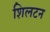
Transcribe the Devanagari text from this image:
शिलटन